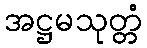
အဋ္ဌမသုတ္တံ